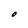
Character: O